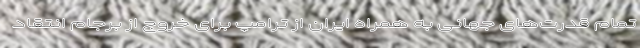
تمام قدرت‌های جهانی به همراه ایران از ترامپ برای خروج از برجام انتقاد